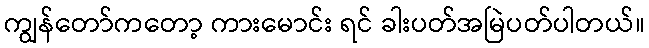
ကျွန်တော်ကတော့ ကားမောင်း ရင် ခါးပတ်အမြဲပတ်ပါတယ်။